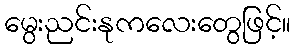
မွေးညင်းနုကလေးတွေဖြင့်။